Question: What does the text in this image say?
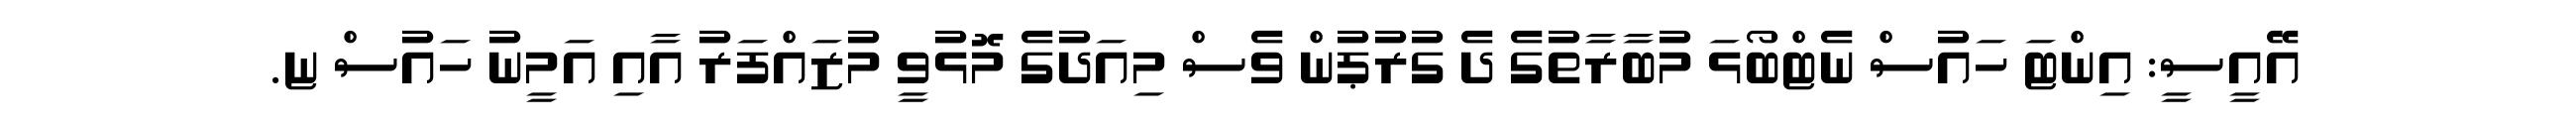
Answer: އޭއީސީ: އިންޓަ ހައުސް ނެޓްބޯޅަ މުބާރާތުގެ ދެ ގުރުޕުން ވެސް މިއަދުގެ މޮޅުވީ މުޒައްފަރު އާއި އަމީނު ހައުސް ޏ.